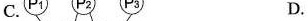
C. D.